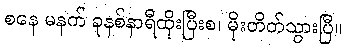
စနေ မနက် ခုနစ်နာရီထိုးပြီးစ၊ မိုးတိတ်သွားပြီ။